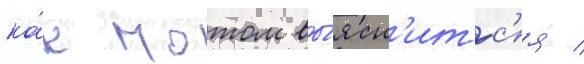
ка́к потом вы́ясн'итс'я /